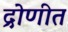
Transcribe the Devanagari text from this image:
द्रोणीत